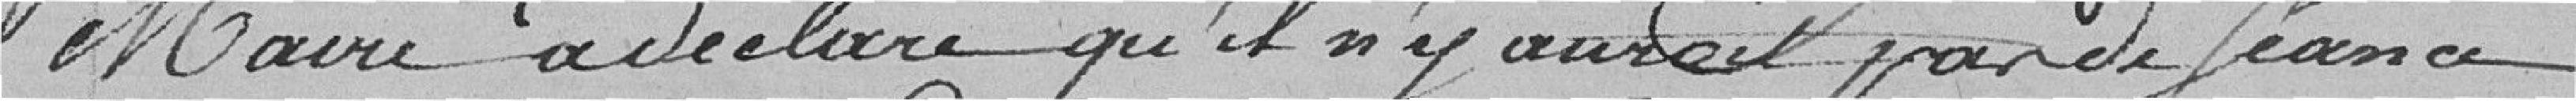
Maire a déclaré qu'il n'y aurait pas de séance